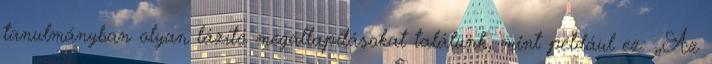
tanulmányban olyan lázító megállapításokat találunk, mint például ez: „Az